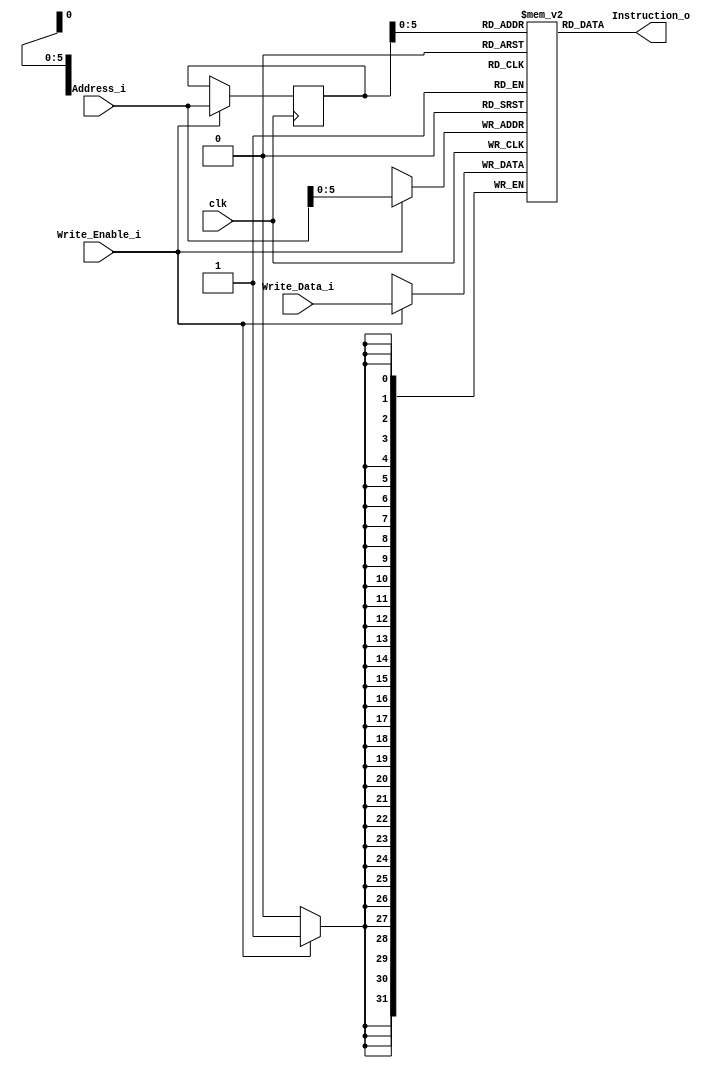
module Data_Memory
#
(	
	parameter MEMORY_DEPTH 	= 64,
	parameter DATA_WIDTH 	= 32
)(
	input clk,
	input Write_Enable_i,
	input [(DATA_WIDTH-1):0] Write_Data_i,
	input [(DATA_WIDTH-1):0] Address_i,
	
	output [(DATA_WIDTH-1):0]	Instruction_o
);
	reg [(DATA_WIDTH-1):0] read_address;
	reg [(DATA_WIDTH-1):0] ram [(MEMORY_DEPTH-1):0];
	
	always @(posedge clk) begin
		if (Write_Enable_i) begin
			ram[Address_i] <= Write_Data_i;
			read_address <= Address_i;
		end	
	end
	
	assign Instruction_o = ram[read_address];

endmodule